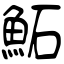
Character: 鮖